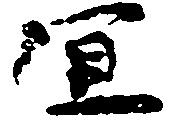
宜